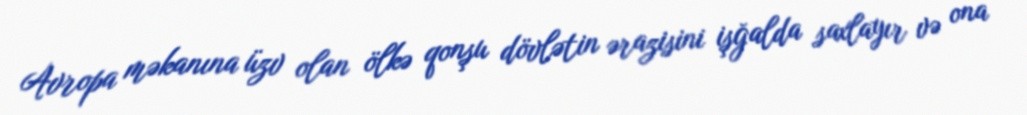
Avropa məkanına üzv olan ölkə qonşu dövlətin ərazisini işğalda saxlayır və ona